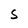
Character: s